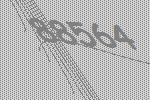
88564